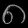
Digit: ၈